Report of the Municipal Commissioner on the plague in Bombay for the year ending 31st May... - Volume 1
Disease focus: Plague
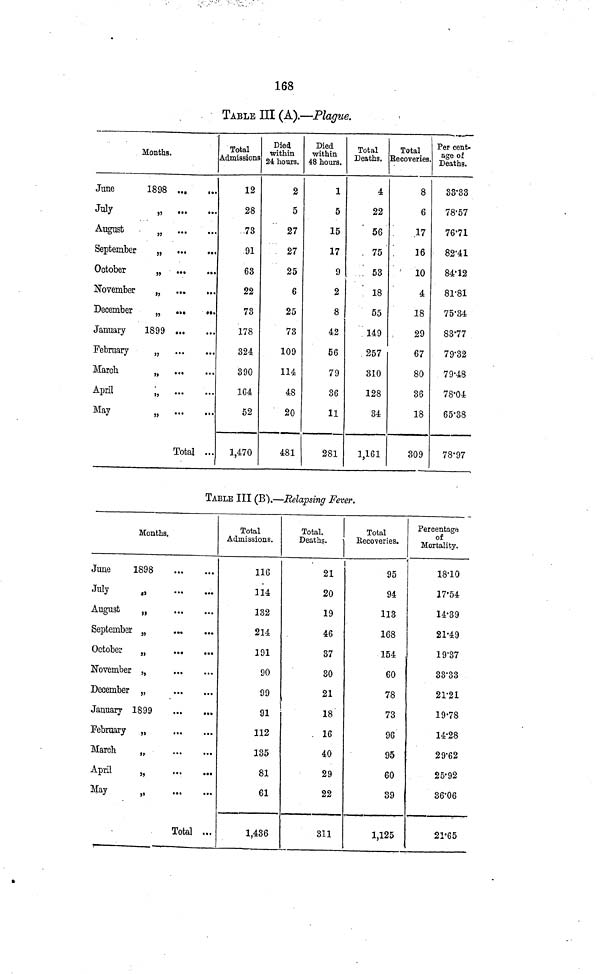
168
TABLE III (A).—Plague.
Months.
June
1898
July
„
August „
September
„
October
„
November
„
December
„
January
1899
February
„
March
„
April
„
May
„
Total
Total
Admissions
12
28
73
91
63
22
73
178
324
390
164
52
1,470
Died
within
24 hours.
2
5
27
27
25
6
25
73
109
114
48
20
481
Died
within
48 hours.
1
5
15
17
9
2
8
42
56
79
36
11
281
Total
Deaths.
4
22
56
75
53
18
55
149
257
310
128
34
1,161
Total
Recoveries.
8
6
17
16
10
4
18
29
67
80
36
18
309
Per cent-
age of
Deaths.
3333
78·57
76·71
82·41
84·12
81·81
75·34
83·77
79·32
79·48
78·04
65·38
78·97
TABLE III (B).—Relapsing Fever,
Months.
June
1898
July
„
August
„
September „
October
„
November ,,
December „
January
1899
February „
March
„
April
„
May
„
Total
Total
Admissions.
116
114
132
214
191
90
99
91
112
135
81
61
1,436
Total.
Deaths.
21
20
19
46
37
30
21
18
16
40
29
22
311
Total
Recoveries.
95
94
113
168
154
60
78
73
96
95
60
39
1,125
Percentage
of
Mortality.
18·10
17·54
14·39
21·49
19·37
33·33
21·21
19·78
14·28
29·62
25·92
36·06
21·65